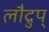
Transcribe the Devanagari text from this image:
लौद्रुप्